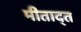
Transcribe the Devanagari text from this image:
मीताद्त